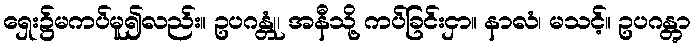
ရှေး၌မကပ်မူ၍လည်း။ ဥပဂန္တုံ၊ အနီသို့ ကပ်ခြင်းငှာ။ နာလံ၊ မသင့်။ ဥပဂန္တွာ